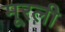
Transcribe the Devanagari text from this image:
मूरली